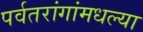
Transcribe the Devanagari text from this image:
पर्वतरांगांमधल्या